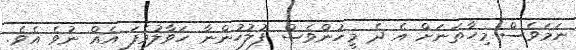
ނަމަވެސް މިހާތަނަށް އެ ދެ މީހުންވެސް ފުލުހުންނާ ހަވާލުވެފަ އެއް ނުވެ އެވެ.